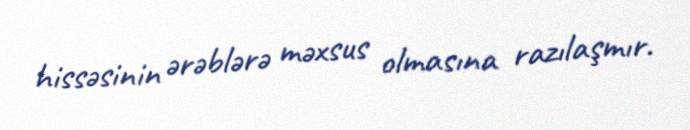
hissəsinin ərəblərə məxsus olmasına razılaşmır.